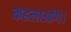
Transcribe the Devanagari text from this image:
कहलाओंगे।